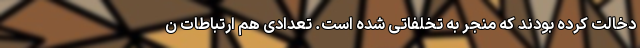
دخالت کرده بودند که منجر به تخلفاتی شده است. تعدادی هم ارتباطات ن